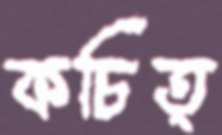
কচিত্